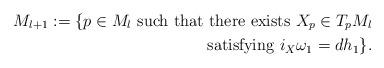
LaTeX: \begin{align*}M_{l+1}:=\{p\in M_{l} \textrm{ such that there exists } X_p\in T_pM_l \\ \textrm{ satisfying } i_X\omega_1=dh_1 \}.\end{align*}